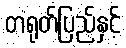
တရုတ်ပြည်နှင့်